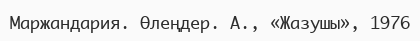
Маржандария. Өлеңдер. А., «Жазушы», 1976